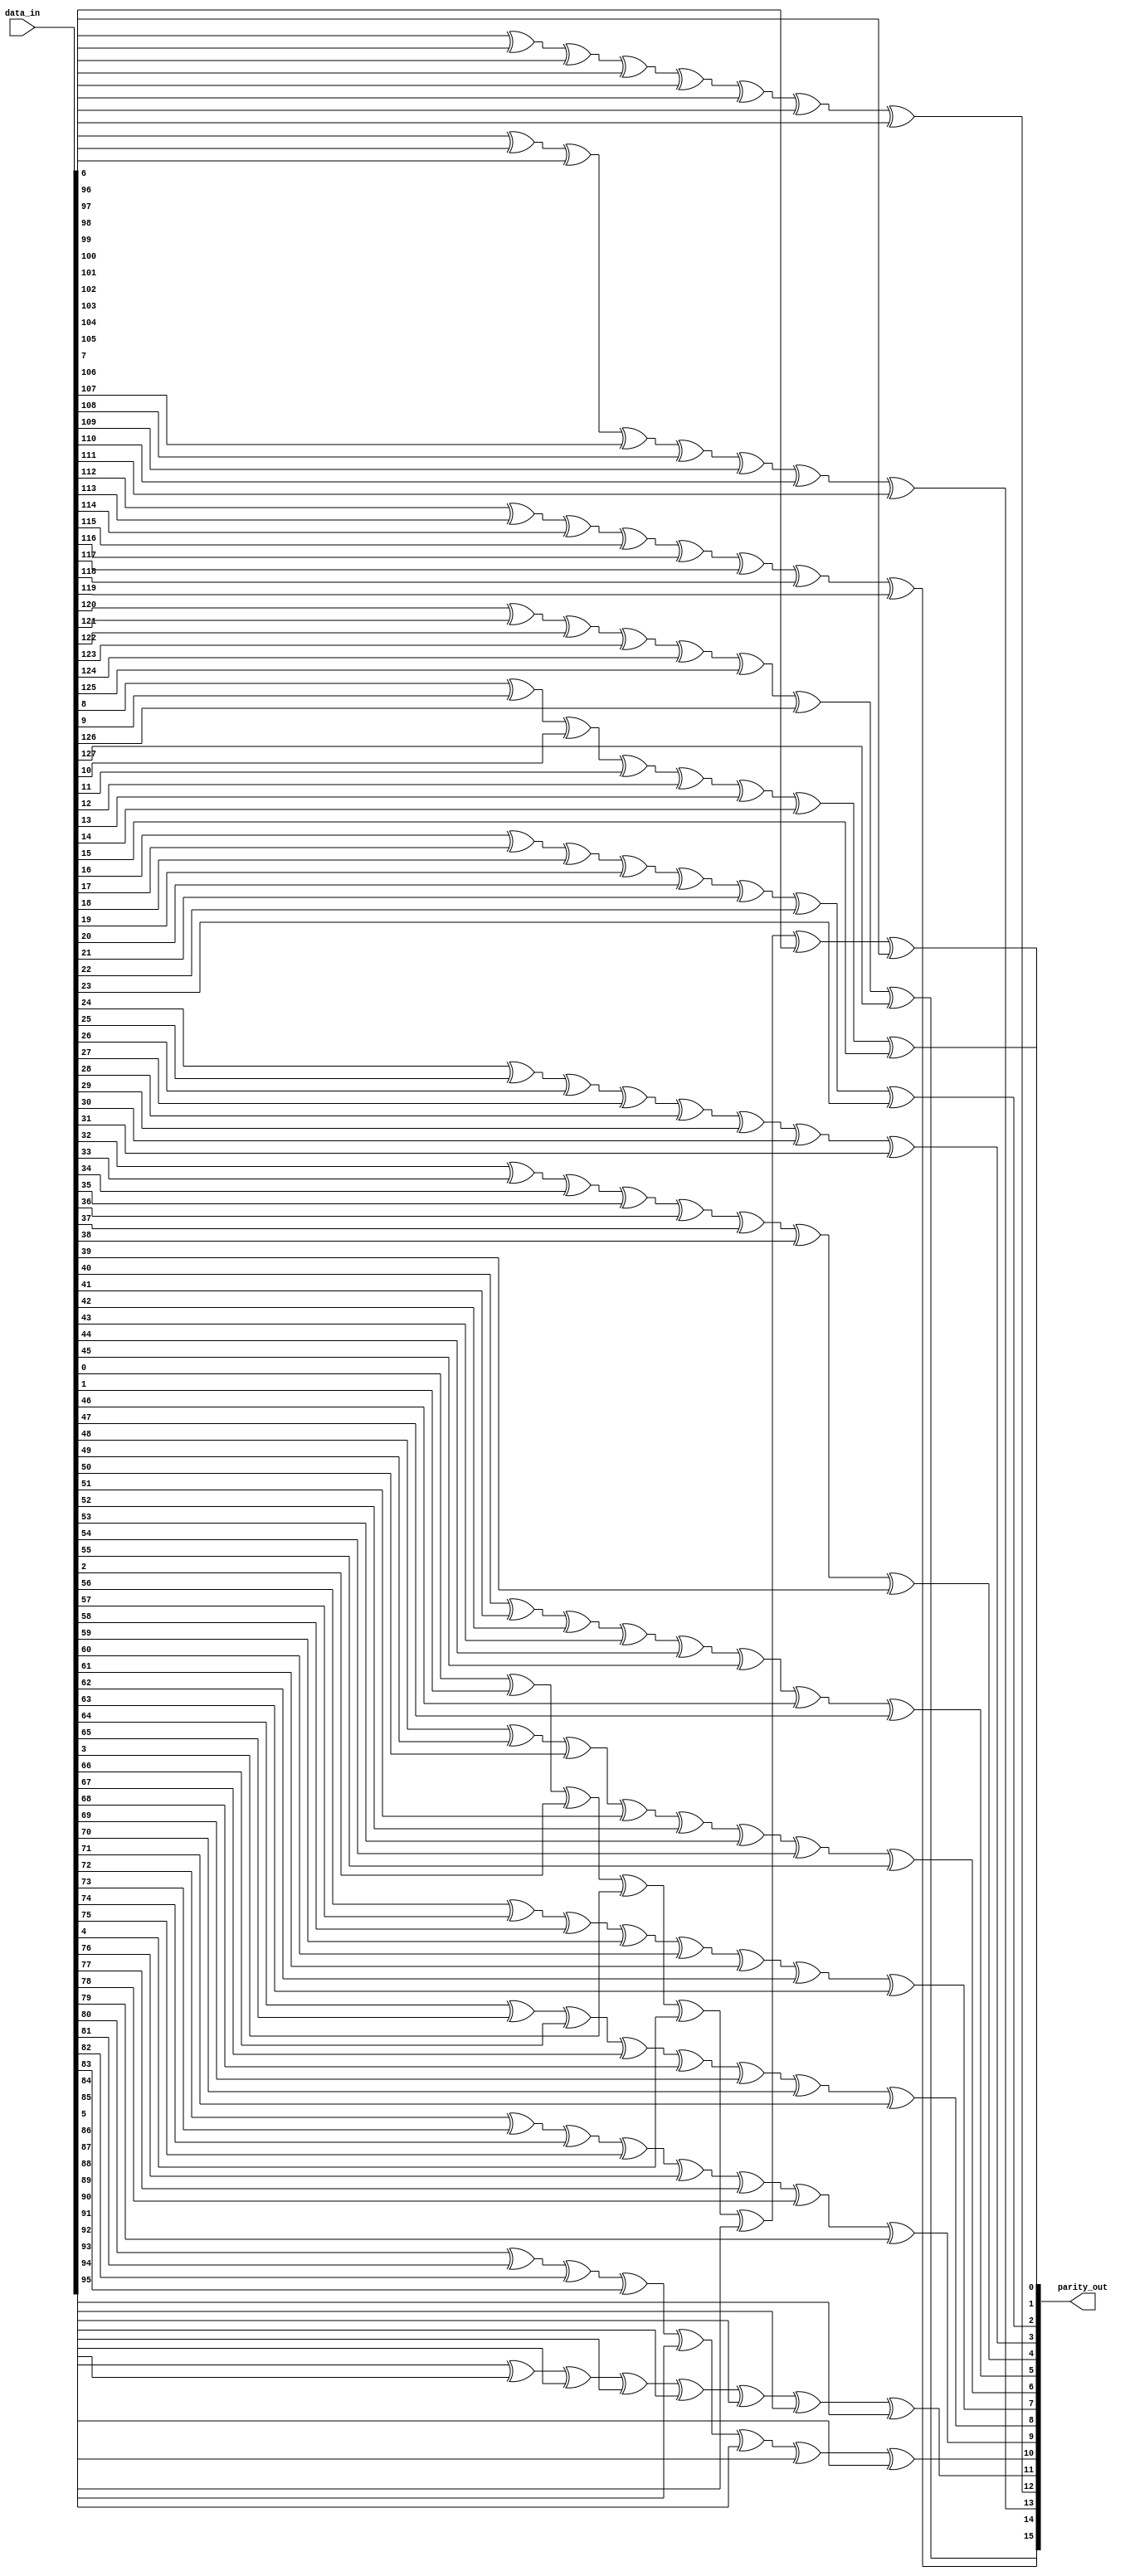
module lsu_dc_parity_gen (parity_out, data_in);

// Changed the default to match that of dcache width
parameter WIDTH = 8 ;
parameter NUM = 16 ;

input	[WIDTH * NUM - 1 : 0]	data_in ; // data in

output	[NUM - 1 : 0]		parity_out ; // parity output
reg	[NUM - 1 : 0]		parity ; // parity output

integer i ;
integer j ;

always @(data_in)
    for (i = 0; i <= NUM - 1 ; i = i + 1) begin
	    parity[i] = 1'b0 ;
        for (j = WIDTH * i; j <= WIDTH * (i + 1) - 1 ; j = j + 1) begin
            parity[i] = parity[i] ^ data_in[j] ;
        end
    end

assign parity_out[NUM - 1 : 0] = parity[NUM - 1 : 0];

endmodule